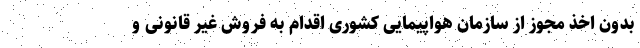
بدون اخذ مجوز از سازمان هواپیمایی کشوری اقدام به فروش غیر قانونی و